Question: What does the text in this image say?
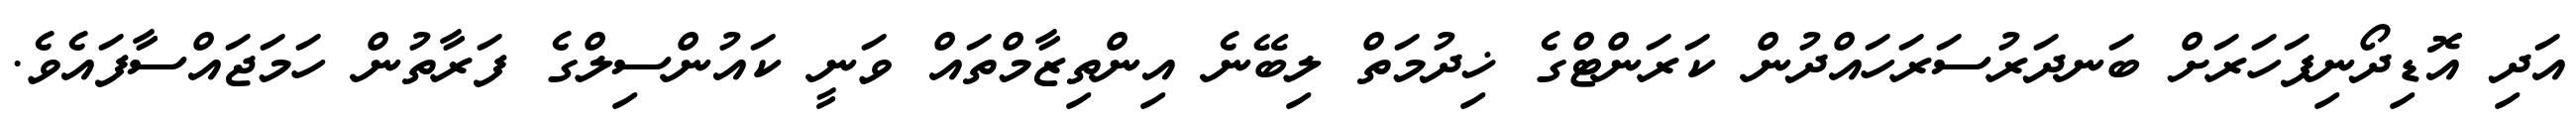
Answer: އަދި އޮޑިދޯނިފަހަރަށް ބަނދަރުސަރަހައްދުން ކަރަންޓްގެ ޚިދުމަތް ލިބޭނެ އިންތިޒާމްތައް ވަނީ ކައުންސިލްގެ ފަރާތުން ހަމަޖައްސާފައެވެ.